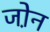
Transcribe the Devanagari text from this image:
जो़न